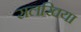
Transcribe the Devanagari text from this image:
सलखिया